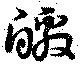
皦